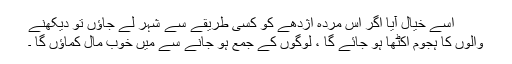
اسے خیال آیا اگر اس مردہ اژدھے کو کسی طریقے سے شہر لے جاؤں تو دیکھنے
والوں کا ہجوم اکٹھا ہو جائے گا ، لوگوں کے جمع ہو جانے سے میں خوب مال کماؤں گا ۔